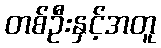
တစ်ဦးနှင့်အတူ